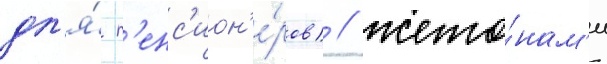
дл'я́ п'енс'ион'е́ров) / жето́нам'и